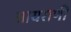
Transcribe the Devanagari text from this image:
आयराणी